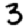
Digit: 3